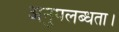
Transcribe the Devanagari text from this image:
अनुपलब्धता।